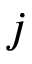
j